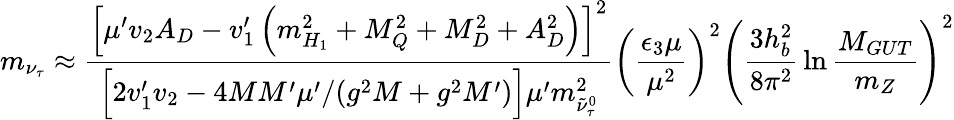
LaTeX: m_{\nu_{\tau}}\approx{\frac{\left[\mu^{\prime}v_{2}A_{D}-v_{1}^{\prime}\left(m_{H_{1}}^{2}+M_{Q}^{2}+M_{D}^{2}+A_{D}^{2}\right)\right]^{2}}{\Big[2v_{1}^{\prime}v_{2}-4MM^{\prime}\mu^{\prime}/(g^{2}M+g^{2}M^{\prime})\Big]\mu^{\prime}m_{\tilde{\nu}_{\tau}^{0}}^{2}}}\left({\frac{\epsilon_{3}\mu}{\mu^{2}}}\right)^{2}\left({\frac{3h_{b}^{2}}{8\pi^{2}}}\ln{\frac{M_{GUT}}{m_{Z}}}\right)^{2}